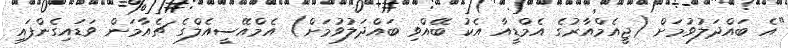
"އެ ބައްދަލުވުމަށް (ޖީއެމްއާރުގެ އެމްޑީއާ އެކު ބޭއްވި ބައްދަލުވުމަށް) އެމްއޭސީއެލްގެ ޗެއާމަން ވަޑައިގެންފައި